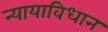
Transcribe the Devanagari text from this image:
न्यायाविधान